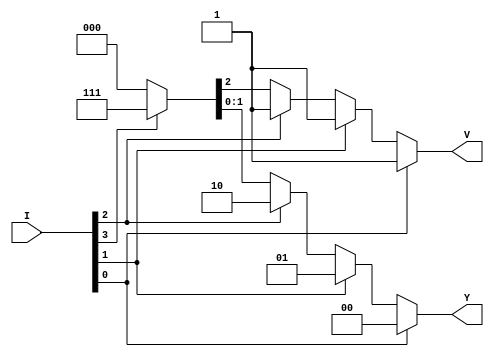
// This program was cloned from: https://github.com/paollacq/Verilog
// License: MIT License

/**************************************************
P1.1 4X2 PRIORITY ENCODER BEHAVIORAL
************************************************/

module encode_4_2_priority_bh(Y,V,I);

	input [3:0]I;
	output reg [1:0]Y;
	output reg V;

	always@(*) begin
		if(I[0]) {V,Y}=3'b100;
		else if(I[1]) {V,Y}=3'b101;
		else if(I[2]) {V,Y}=3'b110;
		else if(I[3]) {V,Y}=3'b111;
		else {V,Y}=3'b000;
	end

endmodule